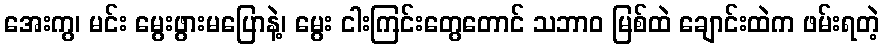
အေးကွ၊ မင်း မွေးဖွားမပြောနဲ့၊ မွေး ငါးကြင်းတွေတောင် သဘာဝ မြစ်ထဲ ချောင်းထဲက ဖမ်းရတဲ့